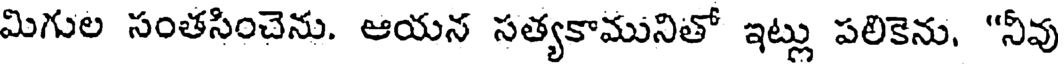
మిగుల సంతసించెను. ఆయన సత్యకామునితో ఇట్లు పలికెను, "నీవు